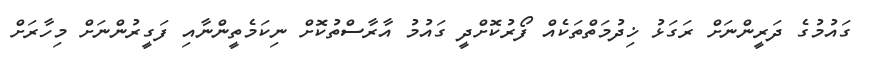
ގައުމުގެ ދަރީންނަށް ރަގަޅު ޚިދުމަތްތަކެއް ފޯރުކޮށްދީ ގައުމު އާރާސްތުކޮށް ނިކަމެތީންނާއި ފަގީރުންނަށް މިހާރަށް